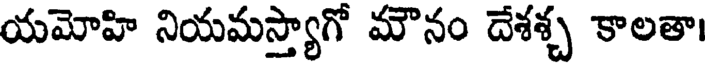
యమోహి నియమస్త్యాగో మౌనం దేశశ్చ కాలతా।